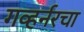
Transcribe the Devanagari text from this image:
गव्हर्नरचा